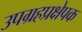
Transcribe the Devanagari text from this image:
उपग्रहप्रक्षेपक